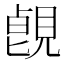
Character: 𧡑